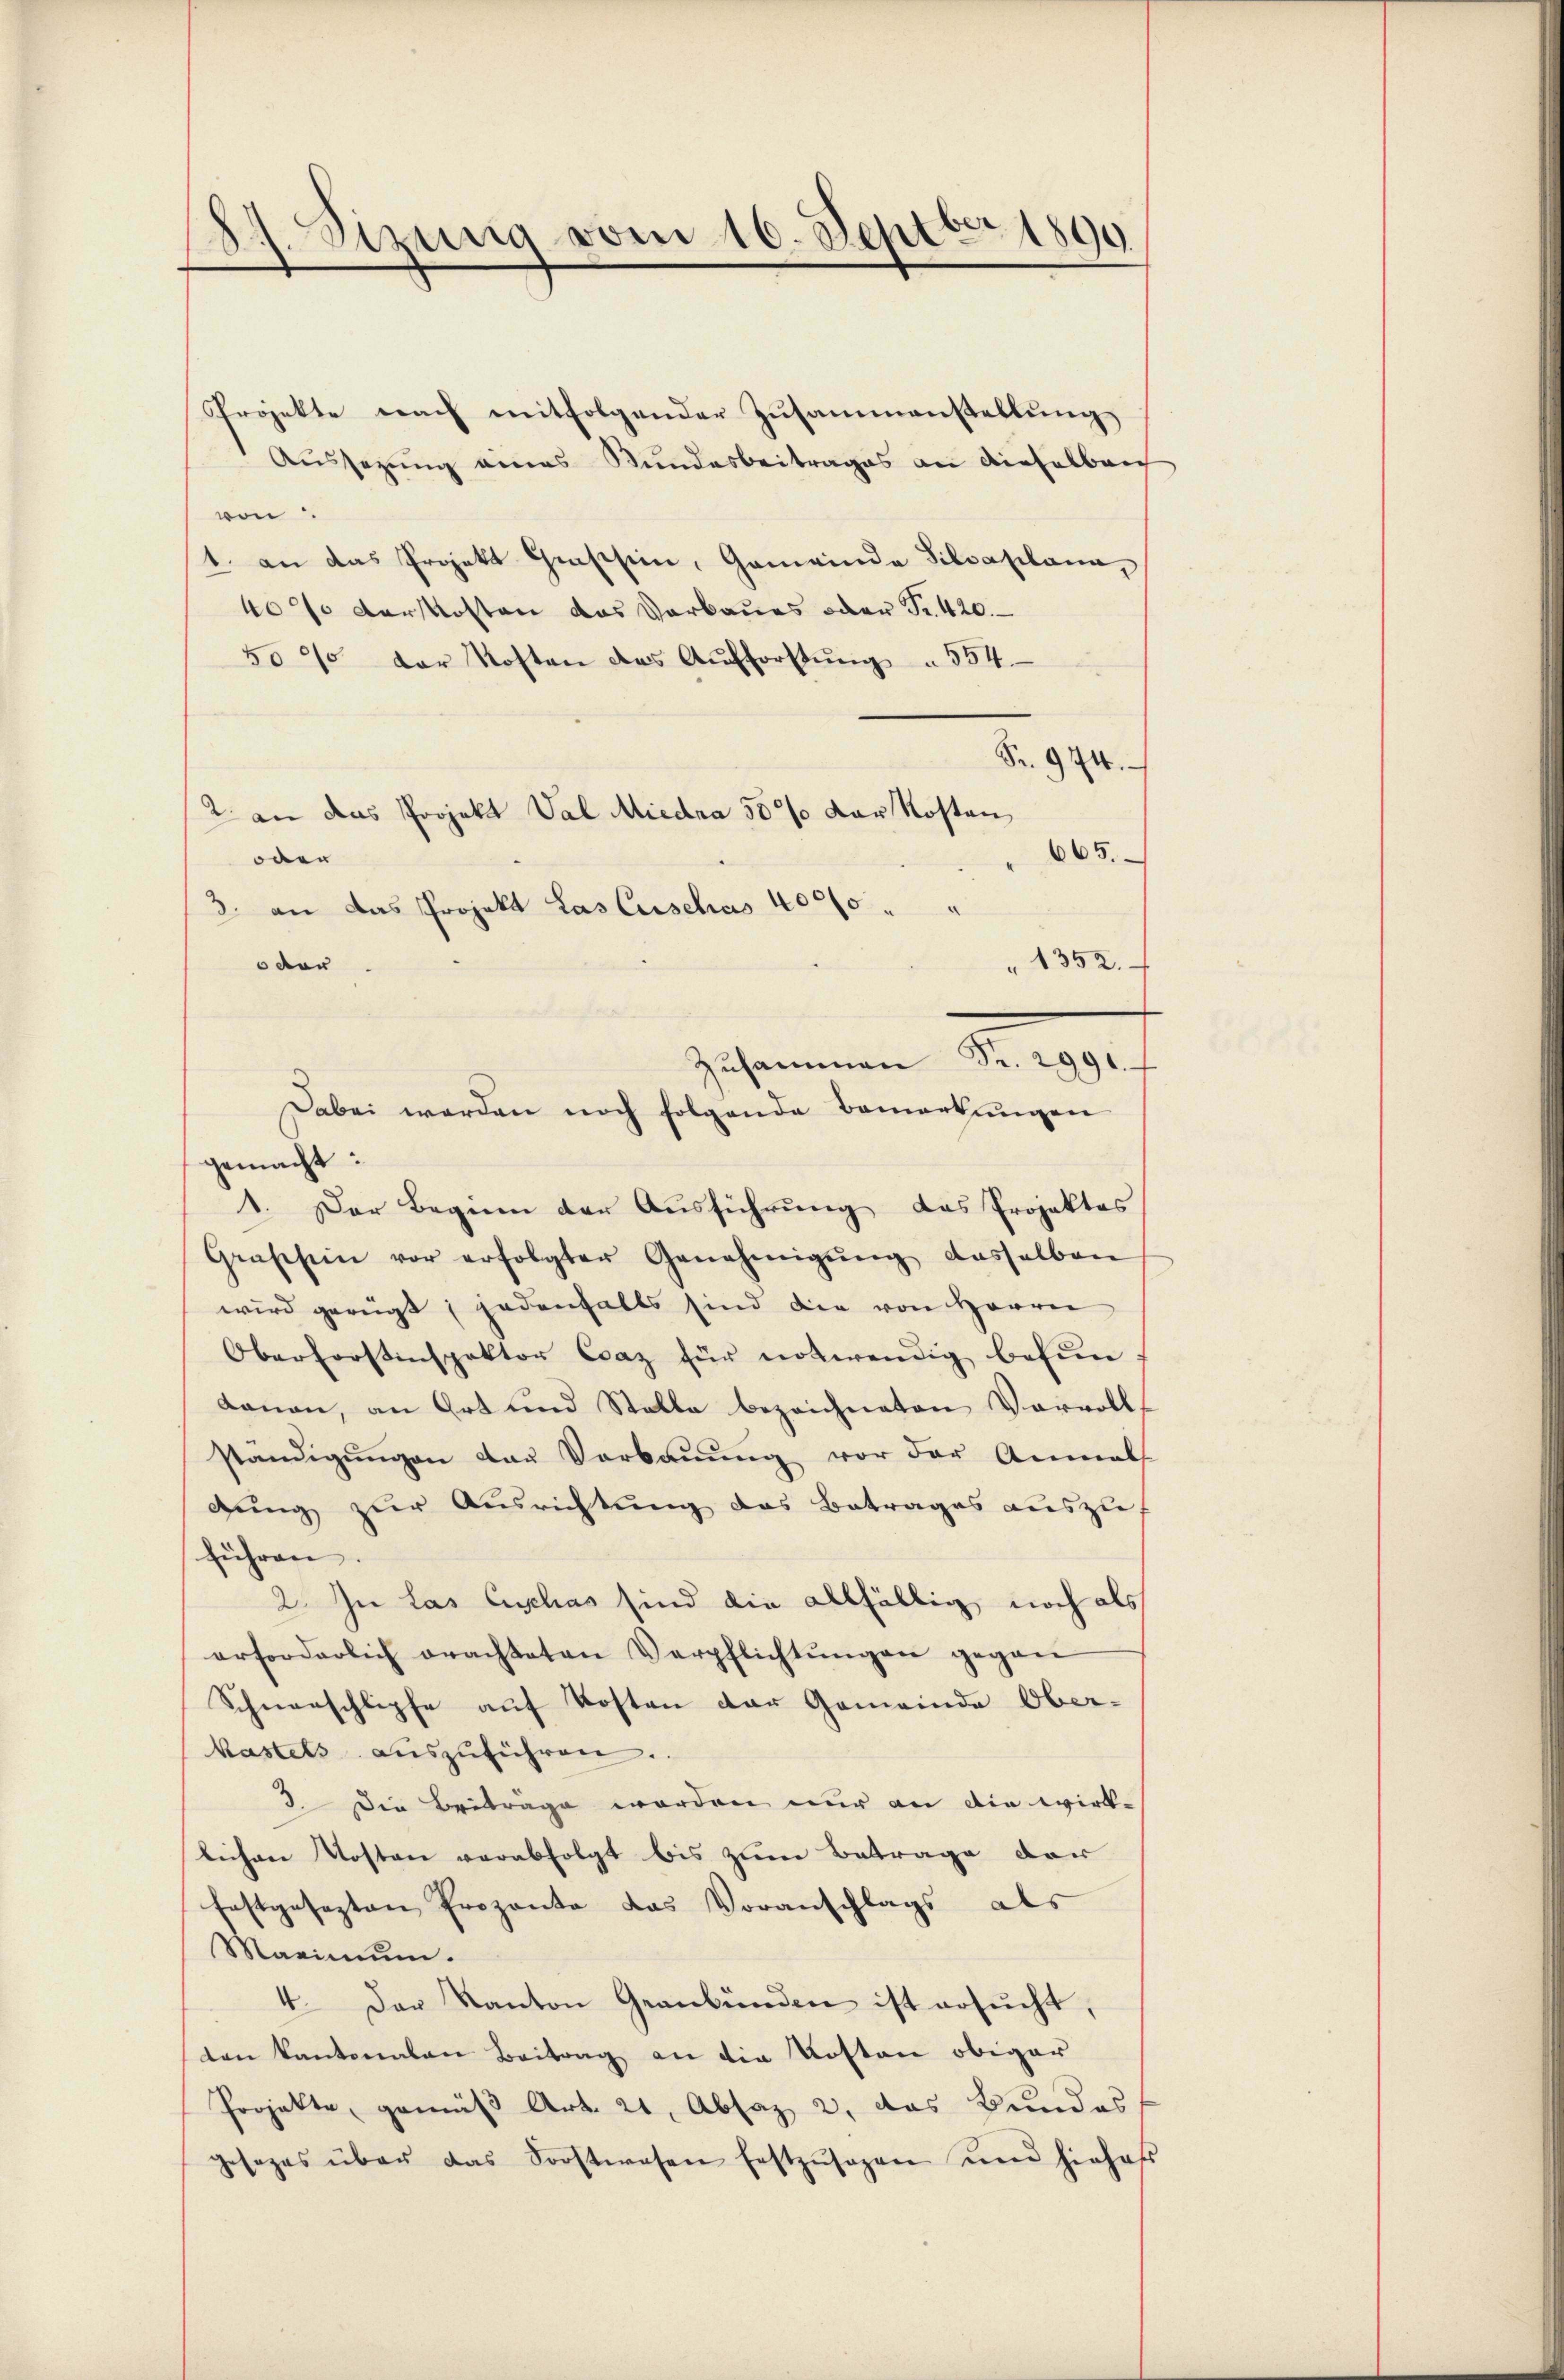
Sizung vom 16. Septbr 1890
.

Projekte nach mitfolgender Zusammenstellung
Aŭssezung eines Bundesbeitrages an dieselben
ven.
1. an das Projekt Grassen, Gemeinda Silvaplana,
40% der kosten das Verbaues oder Fr. 420.
5000 der Kosten des Aŭfforstŭng " 554.
Fr. 974.
2 an das Projekt Val Miedra 50% der Kosten
665.
oder
3. an das Projekt das Zuschus 4000.
1352.
oder
Zusammen Fr. 2991.
gemacht:
1. Der Beginn der Ausführung das Projektes
Grassen vor erfolgter Genehmigŭng dasselben
wird geregt; jedenfalls sind die von Herren
Oberforstinspektor Coaz für notwendig befun
danon, an Ort und Stelle bezeichneten Vervoll
ständigŭngen Laŭ Verbaŭŭng vor der Anmal
gung zur Ausrichtung das Betrages auszuführen.
2. In las Ausschas sind die allfällig noch als
erforderlich erachteten Verpflichtŭngen gegen
Schneeschlipfe auf Kosten der Gemeinde Ober-
kastets aŭszŭführen.
3. Die Beiträge worden nur an die wirklichen Kosten verabfolgt bis zum Betrage der
festgesezten Prozente das Voranschlags als
Marinum.
4. Der Kanton Geanbŭnden ist ersŭcht,
ten Kantonalen Beitrag an die Kosten obiger
Projekte, gemäß Art. 21, Absaz 2, das Bundes
gesezes über das Forstwesen festzŭsagen und hiehes

Dabei werden noch folgende Bemerkŭngen

¬